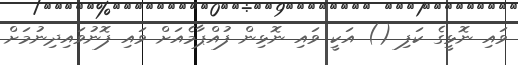
ވައި ނޮޅީގެ ކަފި () އަކީ ވައި ނޮޅިިން ފުއްޕާމެއަށް ވައި ފޮނުވައިދިނުމަށް